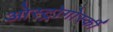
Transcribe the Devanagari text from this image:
ओस्ट्रोगोर्स्की